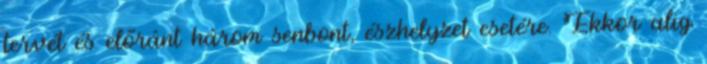
tervét és előránt három senbont, észhelyzet esetére. Ekkor alig